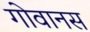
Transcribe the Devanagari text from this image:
गोवानस